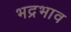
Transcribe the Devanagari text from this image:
भद्रभाव